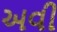
અવી